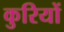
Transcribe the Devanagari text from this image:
कुरियों